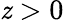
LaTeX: \mathit{z}>0